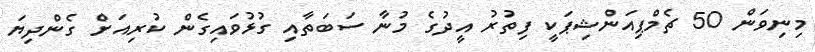
މިނިވަން 50 ޗެމްޕިއަންޝިޕަކީ ފިތުރު އީދުގެ މުނާ ސަބަތާއި ގުޅުވައިގެން ކުރިއަށް ގެންދިޔަ